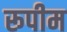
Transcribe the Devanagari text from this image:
रूपीम